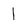
Character: I